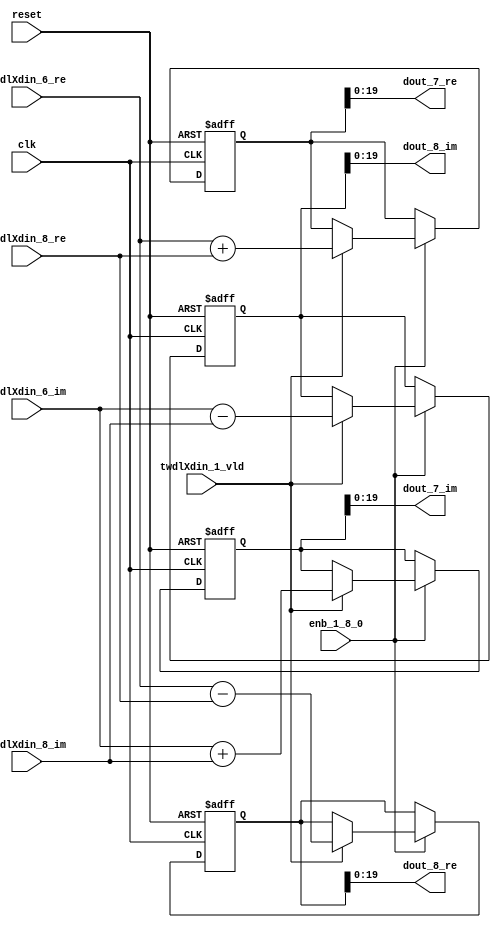
// -------------------------------------------------------------
// 
// 
// Generated by MATLAB 9.13 and HDL Coder 4.0
// 
// -------------------------------------------------------------


// -------------------------------------------------------------
// 
// Module: RADIX22FFT_SDNF1_3_block2
// Source Path: joe_fft/FFT/RADIX22FFT_SDNF1_3
// Hierarchy Level: 2
// 
// -------------------------------------------------------------

`timescale 1 ns / 1 ns

module RADIX22FFT_SDNF1_3_block2
          (clk,
           reset,
           enb_1_8_0,
           twdlXdin_6_re,
           twdlXdin_6_im,
           twdlXdin_8_re,
           twdlXdin_8_im,
           twdlXdin_1_vld,
           dout_7_re,
           dout_7_im,
           dout_8_re,
           dout_8_im);


  input   clk;
  input   reset;
  input   enb_1_8_0;
  input   signed [19:0] twdlXdin_6_re;  // sfix20
  input   signed [19:0] twdlXdin_6_im;  // sfix20
  input   signed [19:0] twdlXdin_8_re;  // sfix20
  input   signed [19:0] twdlXdin_8_im;  // sfix20
  input   twdlXdin_1_vld;
  output  signed [19:0] dout_7_re;  // sfix20
  output  signed [19:0] dout_7_im;  // sfix20
  output  signed [19:0] dout_8_re;  // sfix20
  output  signed [19:0] dout_8_im;  // sfix20


  reg signed [20:0] Radix22ButterflyG1_NF_btf1_re_reg;  // sfix21
  reg signed [20:0] Radix22ButterflyG1_NF_btf1_im_reg;  // sfix21
  reg signed [20:0] Radix22ButterflyG1_NF_btf2_re_reg;  // sfix21
  reg signed [20:0] Radix22ButterflyG1_NF_btf2_im_reg;  // sfix21
  reg  Radix22ButterflyG1_NF_dinXtwdl_vld_dly1;
  reg signed [20:0] Radix22ButterflyG1_NF_btf1_re_reg_next;  // sfix21
  reg signed [20:0] Radix22ButterflyG1_NF_btf1_im_reg_next;  // sfix21
  reg signed [20:0] Radix22ButterflyG1_NF_btf2_re_reg_next;  // sfix21
  reg signed [20:0] Radix22ButterflyG1_NF_btf2_im_reg_next;  // sfix21
  reg  Radix22ButterflyG1_NF_dinXtwdl_vld_dly1_next;
  reg signed [19:0] dout_7_re_1;  // sfix20
  reg signed [19:0] dout_7_im_1;  // sfix20
  reg signed [19:0] dout_8_re_1;  // sfix20
  reg signed [19:0] dout_8_im_1;  // sfix20
  reg  dout_7_vld;
  reg signed [20:0] Radix22ButterflyG1_NF_t_0_0;  // sfix21
  reg signed [20:0] Radix22ButterflyG1_NF_t_1;  // sfix21
  reg signed [20:0] Radix22ButterflyG1_NF_t_2_0;  // sfix21
  reg signed [20:0] Radix22ButterflyG1_NF_t_3;  // sfix21
  reg signed [20:0] Radix22ButterflyG1_NF_t_4_0;  // sfix21
  reg signed [20:0] Radix22ButterflyG1_NF_t_5;  // sfix21
  reg signed [20:0] Radix22ButterflyG1_NF_t_6_0;  // sfix21
  reg signed [20:0] Radix22ButterflyG1_NF_t_7;  // sfix21


  // Radix22ButterflyG1_NF
  always @(posedge clk or posedge reset)
    begin : Radix22ButterflyG1_NF_process
      if (reset == 1'b1) begin
        Radix22ButterflyG1_NF_btf1_re_reg <= 21'sb000000000000000000000;
        Radix22ButterflyG1_NF_btf1_im_reg <= 21'sb000000000000000000000;
        Radix22ButterflyG1_NF_btf2_re_reg <= 21'sb000000000000000000000;
        Radix22ButterflyG1_NF_btf2_im_reg <= 21'sb000000000000000000000;
        Radix22ButterflyG1_NF_dinXtwdl_vld_dly1 <= 1'b0;
      end
      else begin
        if (enb_1_8_0) begin
          Radix22ButterflyG1_NF_btf1_re_reg <= Radix22ButterflyG1_NF_btf1_re_reg_next;
          Radix22ButterflyG1_NF_btf1_im_reg <= Radix22ButterflyG1_NF_btf1_im_reg_next;
          Radix22ButterflyG1_NF_btf2_re_reg <= Radix22ButterflyG1_NF_btf2_re_reg_next;
          Radix22ButterflyG1_NF_btf2_im_reg <= Radix22ButterflyG1_NF_btf2_im_reg_next;
          Radix22ButterflyG1_NF_dinXtwdl_vld_dly1 <= Radix22ButterflyG1_NF_dinXtwdl_vld_dly1_next;
        end
      end
    end

  always @(Radix22ButterflyG1_NF_btf1_im_reg, Radix22ButterflyG1_NF_btf1_re_reg,
       Radix22ButterflyG1_NF_btf2_im_reg, Radix22ButterflyG1_NF_btf2_re_reg,
       Radix22ButterflyG1_NF_dinXtwdl_vld_dly1, twdlXdin_1_vld, twdlXdin_6_im,
       twdlXdin_6_re, twdlXdin_8_im, twdlXdin_8_re) begin
    Radix22ButterflyG1_NF_t_0_0 = 21'sb000000000000000000000;
    Radix22ButterflyG1_NF_t_1 = 21'sb000000000000000000000;
    Radix22ButterflyG1_NF_t_2_0 = 21'sb000000000000000000000;
    Radix22ButterflyG1_NF_t_3 = 21'sb000000000000000000000;
    Radix22ButterflyG1_NF_t_4_0 = 21'sb000000000000000000000;
    Radix22ButterflyG1_NF_t_5 = 21'sb000000000000000000000;
    Radix22ButterflyG1_NF_t_6_0 = 21'sb000000000000000000000;
    Radix22ButterflyG1_NF_t_7 = 21'sb000000000000000000000;
    Radix22ButterflyG1_NF_btf1_re_reg_next = Radix22ButterflyG1_NF_btf1_re_reg;
    Radix22ButterflyG1_NF_btf1_im_reg_next = Radix22ButterflyG1_NF_btf1_im_reg;
    Radix22ButterflyG1_NF_btf2_re_reg_next = Radix22ButterflyG1_NF_btf2_re_reg;
    Radix22ButterflyG1_NF_btf2_im_reg_next = Radix22ButterflyG1_NF_btf2_im_reg;
    Radix22ButterflyG1_NF_dinXtwdl_vld_dly1_next = twdlXdin_1_vld;
    if (twdlXdin_1_vld) begin
      Radix22ButterflyG1_NF_t_0_0 = {twdlXdin_6_re[19], twdlXdin_6_re};
      Radix22ButterflyG1_NF_t_1 = {twdlXdin_8_re[19], twdlXdin_8_re};
      Radix22ButterflyG1_NF_btf1_re_reg_next = Radix22ButterflyG1_NF_t_0_0 + Radix22ButterflyG1_NF_t_1;
      Radix22ButterflyG1_NF_t_2_0 = {twdlXdin_6_re[19], twdlXdin_6_re};
      Radix22ButterflyG1_NF_t_3 = {twdlXdin_8_re[19], twdlXdin_8_re};
      Radix22ButterflyG1_NF_btf2_re_reg_next = Radix22ButterflyG1_NF_t_2_0 - Radix22ButterflyG1_NF_t_3;
      Radix22ButterflyG1_NF_t_4_0 = {twdlXdin_6_im[19], twdlXdin_6_im};
      Radix22ButterflyG1_NF_t_5 = {twdlXdin_8_im[19], twdlXdin_8_im};
      Radix22ButterflyG1_NF_btf1_im_reg_next = Radix22ButterflyG1_NF_t_4_0 + Radix22ButterflyG1_NF_t_5;
      Radix22ButterflyG1_NF_t_6_0 = {twdlXdin_6_im[19], twdlXdin_6_im};
      Radix22ButterflyG1_NF_t_7 = {twdlXdin_8_im[19], twdlXdin_8_im};
      Radix22ButterflyG1_NF_btf2_im_reg_next = Radix22ButterflyG1_NF_t_6_0 - Radix22ButterflyG1_NF_t_7;
    end
    dout_7_re_1 = Radix22ButterflyG1_NF_btf1_re_reg[19:0];
    dout_7_im_1 = Radix22ButterflyG1_NF_btf1_im_reg[19:0];
    dout_8_re_1 = Radix22ButterflyG1_NF_btf2_re_reg[19:0];
    dout_8_im_1 = Radix22ButterflyG1_NF_btf2_im_reg[19:0];
    dout_7_vld = Radix22ButterflyG1_NF_dinXtwdl_vld_dly1;
  end



  assign dout_7_re = dout_7_re_1;

  assign dout_7_im = dout_7_im_1;

  assign dout_8_re = dout_8_re_1;

  assign dout_8_im = dout_8_im_1;

endmodule  // RADIX22FFT_SDNF1_3_block2